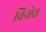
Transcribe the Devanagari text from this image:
चिनोस